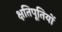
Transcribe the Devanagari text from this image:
क्षतिपूतियों